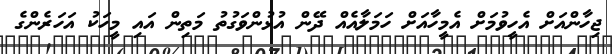
ޖިހާންއަށް އެހީވުމަށް އެމީހާއަށް ހަމަލާއެއް ދޭން އުޅުންވަގުތު މަތިން އައި މީހަކު އަހަރެންގެ